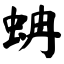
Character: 蚺